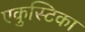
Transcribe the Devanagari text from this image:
एकुस्टिका